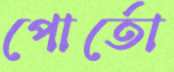
পোর্তো